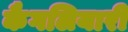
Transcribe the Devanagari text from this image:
कैगलियारी